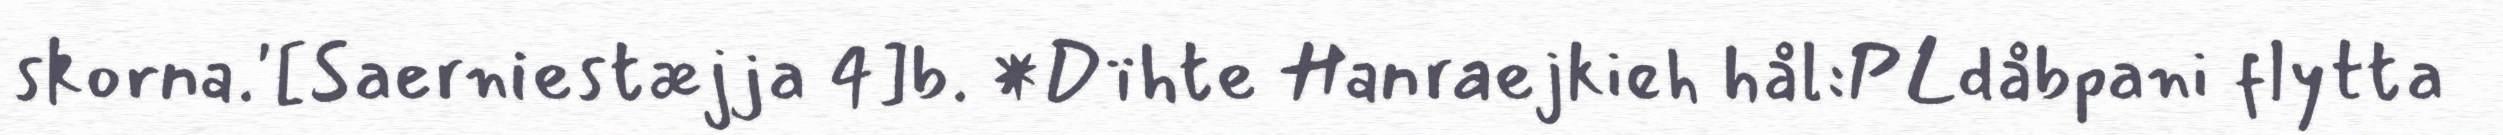
skorna.'[Saerniestæjja 4]b. *Dïhte Hanraejkieh hål:PLdåbpani flytta